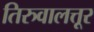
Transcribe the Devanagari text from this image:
तिरुवालत्तूर